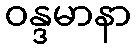
ဝန္ဒမာနာ